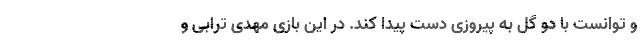
و توانست با دو گل به پیروزی دست پیدا کند. در این بازی مهدی ترابی و